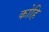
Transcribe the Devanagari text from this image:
कोहि